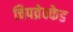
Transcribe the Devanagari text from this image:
चिपव्रेक्केड